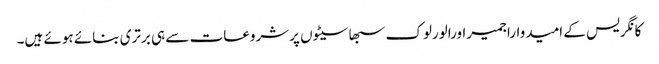
کانگریس کے امیدواراجمیراورالورلوک سبھاسیٹوں پرشروعات سے ہی برتری بنائے ہوئے ہیں۔